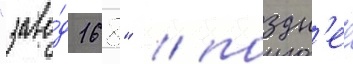
"заво́д 168" / поздн'ее